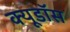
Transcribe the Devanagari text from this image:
क्यूडॉस